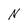
Character: N